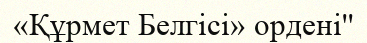
«Құрмет Белгісі» ордені''